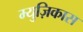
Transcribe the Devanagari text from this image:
म्युज़िकास